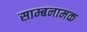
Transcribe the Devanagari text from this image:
साम्बनामक